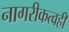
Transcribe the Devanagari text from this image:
नागरीकत्वही